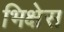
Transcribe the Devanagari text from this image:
भिक्षेस